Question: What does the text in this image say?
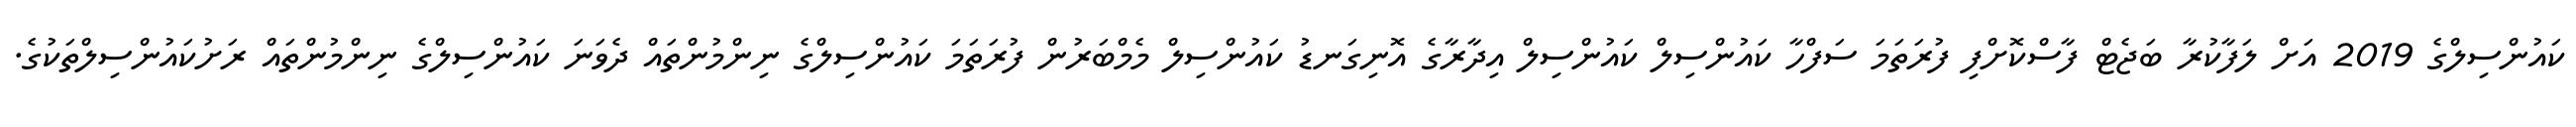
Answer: ކައުންސިލްގެ 2019 އަށް ލަފާކުރާ ބަޖެޓް ފާސްކޮށްފި ފުރަތަމަ ސަފްހާ ކައުންސިލް ކައުންސިލް އިދާރާގެ އޮނިގަނޑު ކައުންސިލް މެމްބަރުން ފުރަތަމަ ކައުންސިލްގެ ނިންމުންތައް ދެވަނަ ކައުންސިލްގެ ނިންމުންތައް ރަށުކައުންސިލްތަކުގެ.